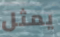
يمثل